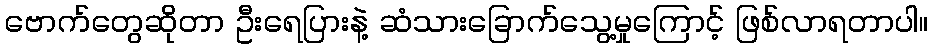
ဗောက်တွေဆိုတာ ဦးရေပြားနဲ့ ဆံသားခြောက်သွေ့မှုကြောင့် ဖြစ်လာရတာပါ။